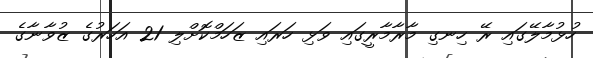
ހުޅުމާލޭގައި ރޭ ހިނގި މާރާމާރީގައި ވަޅި ހަރައި ޒަހަމްކޮށްލި 21 އަހަރުގެ ޒުވާނާގެ